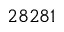
2 8 2 8 1